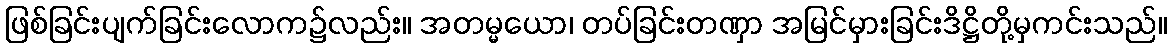
ဖြစ်ခြင်းပျက်ခြင်းလောက၌လည်း။ အတမ္မယော၊ တပ်ခြင်းတဏှာ အမြင်မှားခြင်းဒိဋ္ဌိတို့မှကင်းသည်။